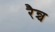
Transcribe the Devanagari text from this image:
रैन्च